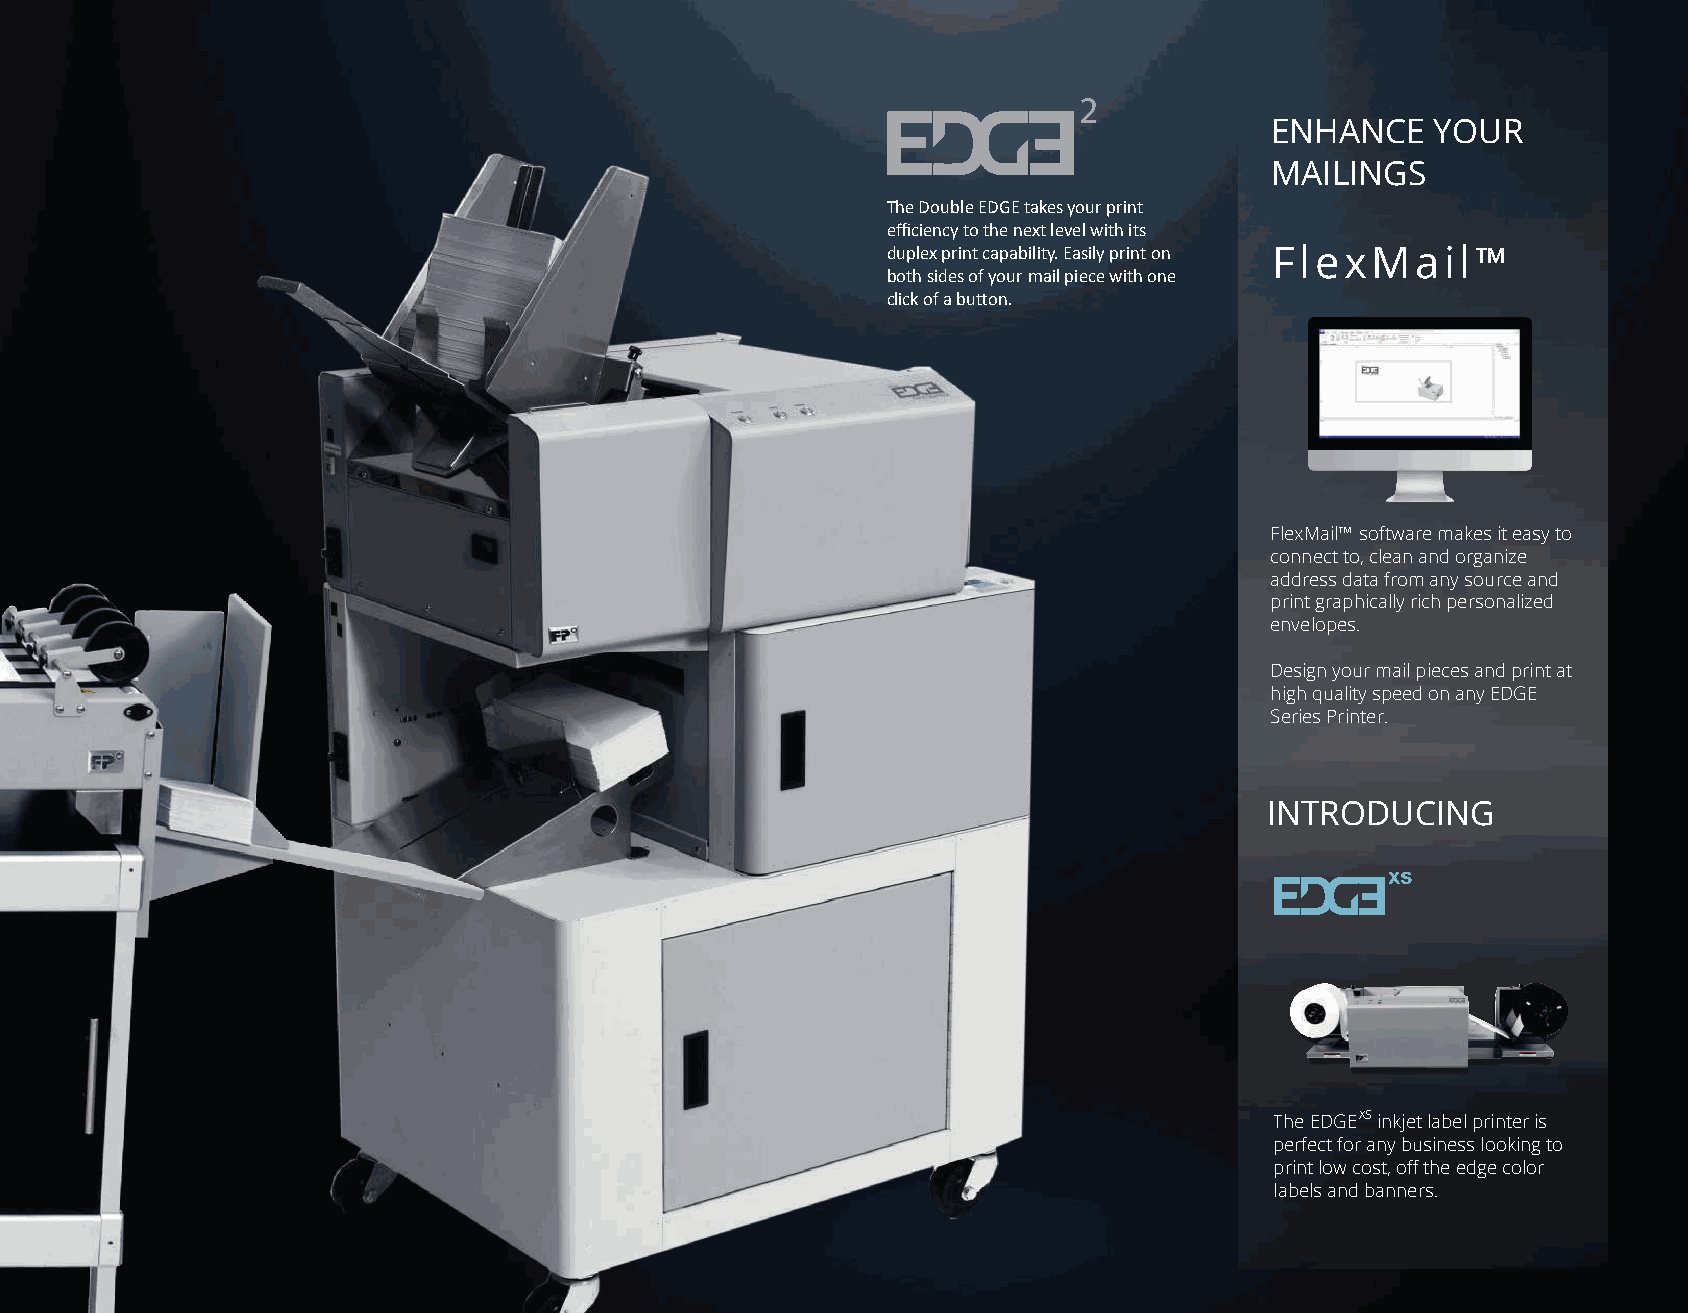
2
 ENHANCE    YOUR
 MAILINGS
 The Double EDGE takes your print
 efficiency to the next level with its
 duplex print capability. Easily print on FlexMail™
 both sides of your mail piece with one
 click of a button.
 FlexMail™ software makes it easy to
 connect to, clean and organize
 address data from any source and
 print graphically rich personalized
 envelopes.
 Design your mail pieces and print at
 high quality speed on any EDGE
 Series Printer.
 INTRODUCING
 The EDGE X S inkjet label printer is
 perfect for any business looking to
 print low cost, off the edge color
 labels and banners.